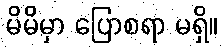
မိမိမှာ ပြောစရာ မရှိ။